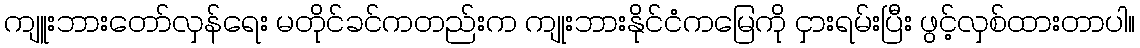
ကျူးဘားတော်လှန်ရေး မတိုင်ခင်ကတည်းက ကျုးဘားနိုင်ငံကမြေကို ငှားရမ်းပြီး ဖွင့်လှစ်ထားတာပါ။